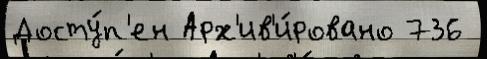
Досту́п'ен Арх'ив'и́ровано 736